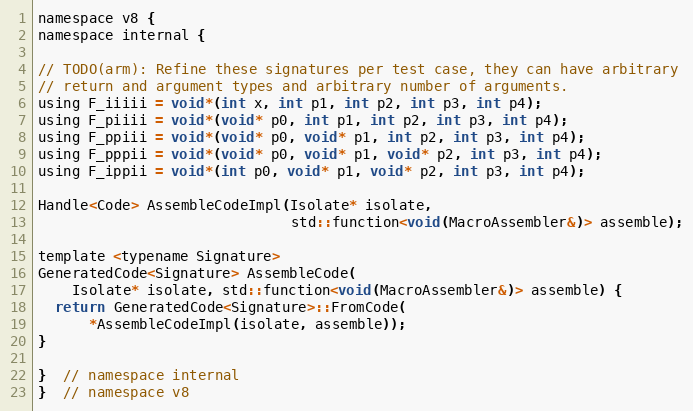
Language: C
namespace v8 {
namespace internal {

// TODO(arm): Refine these signatures per test case, they can have arbitrary
// return and argument types and arbitrary number of arguments.
using F_iiiii = void*(int x, int p1, int p2, int p3, int p4);
using F_piiii = void*(void* p0, int p1, int p2, int p3, int p4);
using F_ppiii = void*(void* p0, void* p1, int p2, int p3, int p4);
using F_pppii = void*(void* p0, void* p1, void* p2, int p3, int p4);
using F_ippii = void*(int p0, void* p1, void* p2, int p3, int p4);

Handle<Code> AssembleCodeImpl(Isolate* isolate,
                              std::function<void(MacroAssembler&)> assemble);

template <typename Signature>
GeneratedCode<Signature> AssembleCode(
    Isolate* isolate, std::function<void(MacroAssembler&)> assemble) {
  return GeneratedCode<Signature>::FromCode(
      *AssembleCodeImpl(isolate, assemble));
}

}  // namespace internal
}  // namespace v8